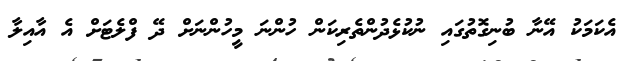
އެކަމަކު އޭނާ ބުނިގޮތުގައި ނުކުޅެދުންތެރިކަން ހުންނަ މީހުންނަށް ދޭ ފްލެޓަށް އެ އާއިލާ